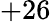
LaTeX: +26